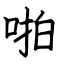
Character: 啪